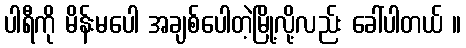
ပါရီကို မိန်းမပေါ အချစ်ပေါတဲ့မြို့လို့လည်း ခေါ်ပါတယ် ။